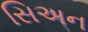
સિઅન